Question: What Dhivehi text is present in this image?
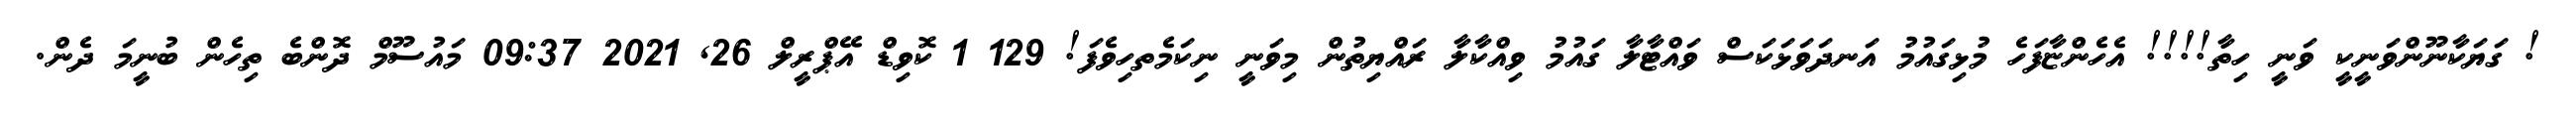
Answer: ! ގަޔަކާނޫންވަނީކީ ވަނީ ހިތާ!!!! އެހެންޏާފަހެ މުޅިގައުމު އަނދަވަޅަކަސް ވައްޓާލާ ގައުމު ވިއްކާލާ ރައްޔިތުން މިވަނީ ނިކަމެތހިވެފަ! 129 1 ކޮވިޑް އޭޕްރީލް 26, 2021 09:37 މައުސޫމް ދޮންބެ ތިހެން ބުނީމަ ދެން.